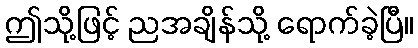
ဤသို့ဖြင့် ညအချိန်သို့ ရောက်ခဲ့ပြီ။